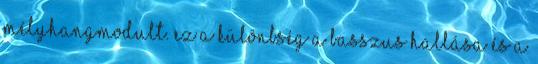
mélyhangmodult. Ez a különbség a basszus hallása és a